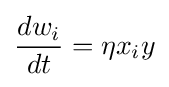
{\frac {dw_{i}}{dt}}=\eta x_{i}y